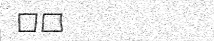
٨٣